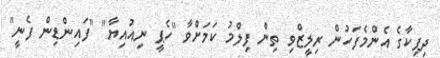
ދިޕިކާގެ އެންމެފަހުން ރިލީޒްވި ތިން ފިލްމު ކަމަށްވާ "ހެޕީ ނިއުއިޔާ" "ފައިންޑިން ފެނީ"